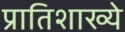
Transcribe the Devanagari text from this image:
प्रातिशाख्ये